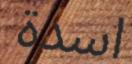
اسدة